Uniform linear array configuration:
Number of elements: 64
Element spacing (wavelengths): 0.5
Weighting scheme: hamming
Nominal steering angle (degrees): -45
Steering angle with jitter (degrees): -46.668
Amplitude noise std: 0.05
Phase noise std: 0.05

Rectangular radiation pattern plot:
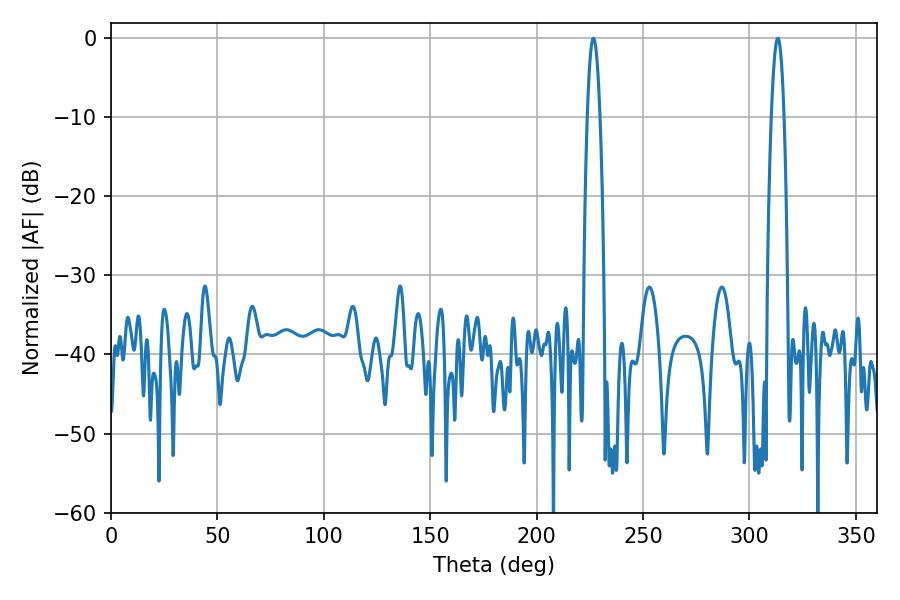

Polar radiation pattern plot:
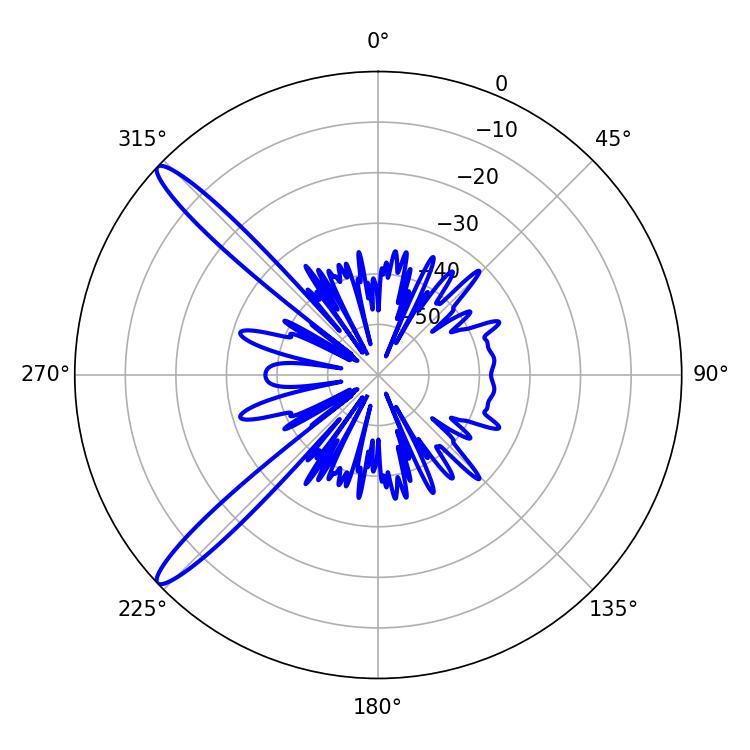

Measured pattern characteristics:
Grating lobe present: FALSE
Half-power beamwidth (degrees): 3.24
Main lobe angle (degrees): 226.62